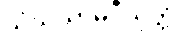
သံဃသာမဂ္ဂီသုတ္တံ